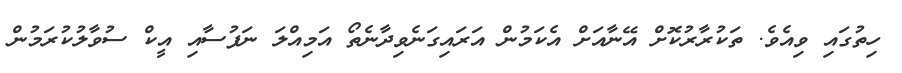
ހިތުގައި ވިއެވެ. ތަކުރާރުކޮށް އޭނާއަށް އެކަމުން އަރައިގަނެވިދާނެތޯ އަމިއްލަ ނަފުސާއި އީކް ސުވާލުކުރަމުން